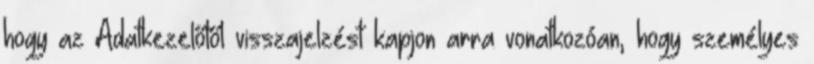
hogy az Adatkezelőtől visszajelzést kapjon arra vonatkozóan, hogy személyes